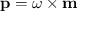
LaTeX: \mathbf { p } = { \boldsymbol { \omega } } \times \mathbf { m }